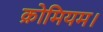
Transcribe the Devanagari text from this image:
क्रोमियम।